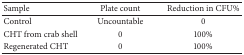
<table><thead><tr><td><b>Sample</b></td><td><b>Plate count</b></td><td><b>Reduction in CFU%</b></td></tr></thead><tbody><tr><td>Control</td><td>Uncountable</td><td>0</td></tr><tr><td>CHT from crab shell</td><td>0</td><td>100%</td></tr><tr><td>Regenerated CHT</td><td>0</td><td>100%</td></tr></tbody></table>